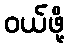
ဝယ်ဖို့